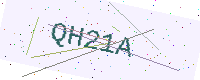
Text: QH21A